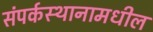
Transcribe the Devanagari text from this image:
संपर्कस्थानामधील